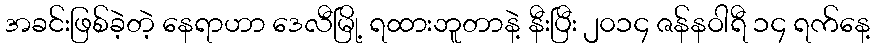
အခင်းဖြစ်ခဲ့တဲ့ နေရာဟာ ဒေလီမြို့ ရထားဘူတာနဲ့ နီးပြီး ၂၀၁၄ ဇန်နဝါရီ ၁၄ ရက်နေ့